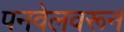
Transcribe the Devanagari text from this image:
पनवेलवरून